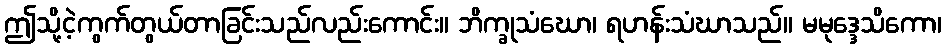
ဤသို့ငဲ့ကွက်တွယ်တာခြင်းသည်လည်းကောင်း။ ဘိက္ခုသံဃော၊ ရဟန်းသံဃာသည်။ မမုဒ္ဒေသိကော၊